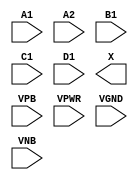
module sky130_fd_sc_ls__a2111o (
    //# {{data|Data Signals}}
    input  A1  ,
    input  A2  ,
    input  B1  ,
    input  C1  ,
    input  D1  ,
    output X   ,

    //# {{power|Power}}
    input  VPB ,
    input  VPWR,
    input  VGND,
    input  VNB
);
endmodule